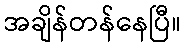
အချိန်တန်နေပြီ။